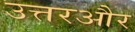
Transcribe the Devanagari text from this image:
उत्तरऔर